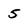
Character: 5